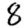
Digit: 8